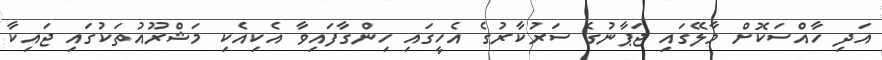
އަދި ހާއްސަކޮށް މާލޭގައި ޖަޕާނުގެ ސަރުކާރުގެ އެހީގައި ހިންގާފައިވާ އެކިއެކި މަޝްރޫއުތަކުގައި ޖައިކާ